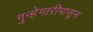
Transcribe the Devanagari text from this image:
गुन्हेगारीपासून